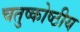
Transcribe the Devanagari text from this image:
चतुष्कोष्ठीय